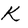
Character: K